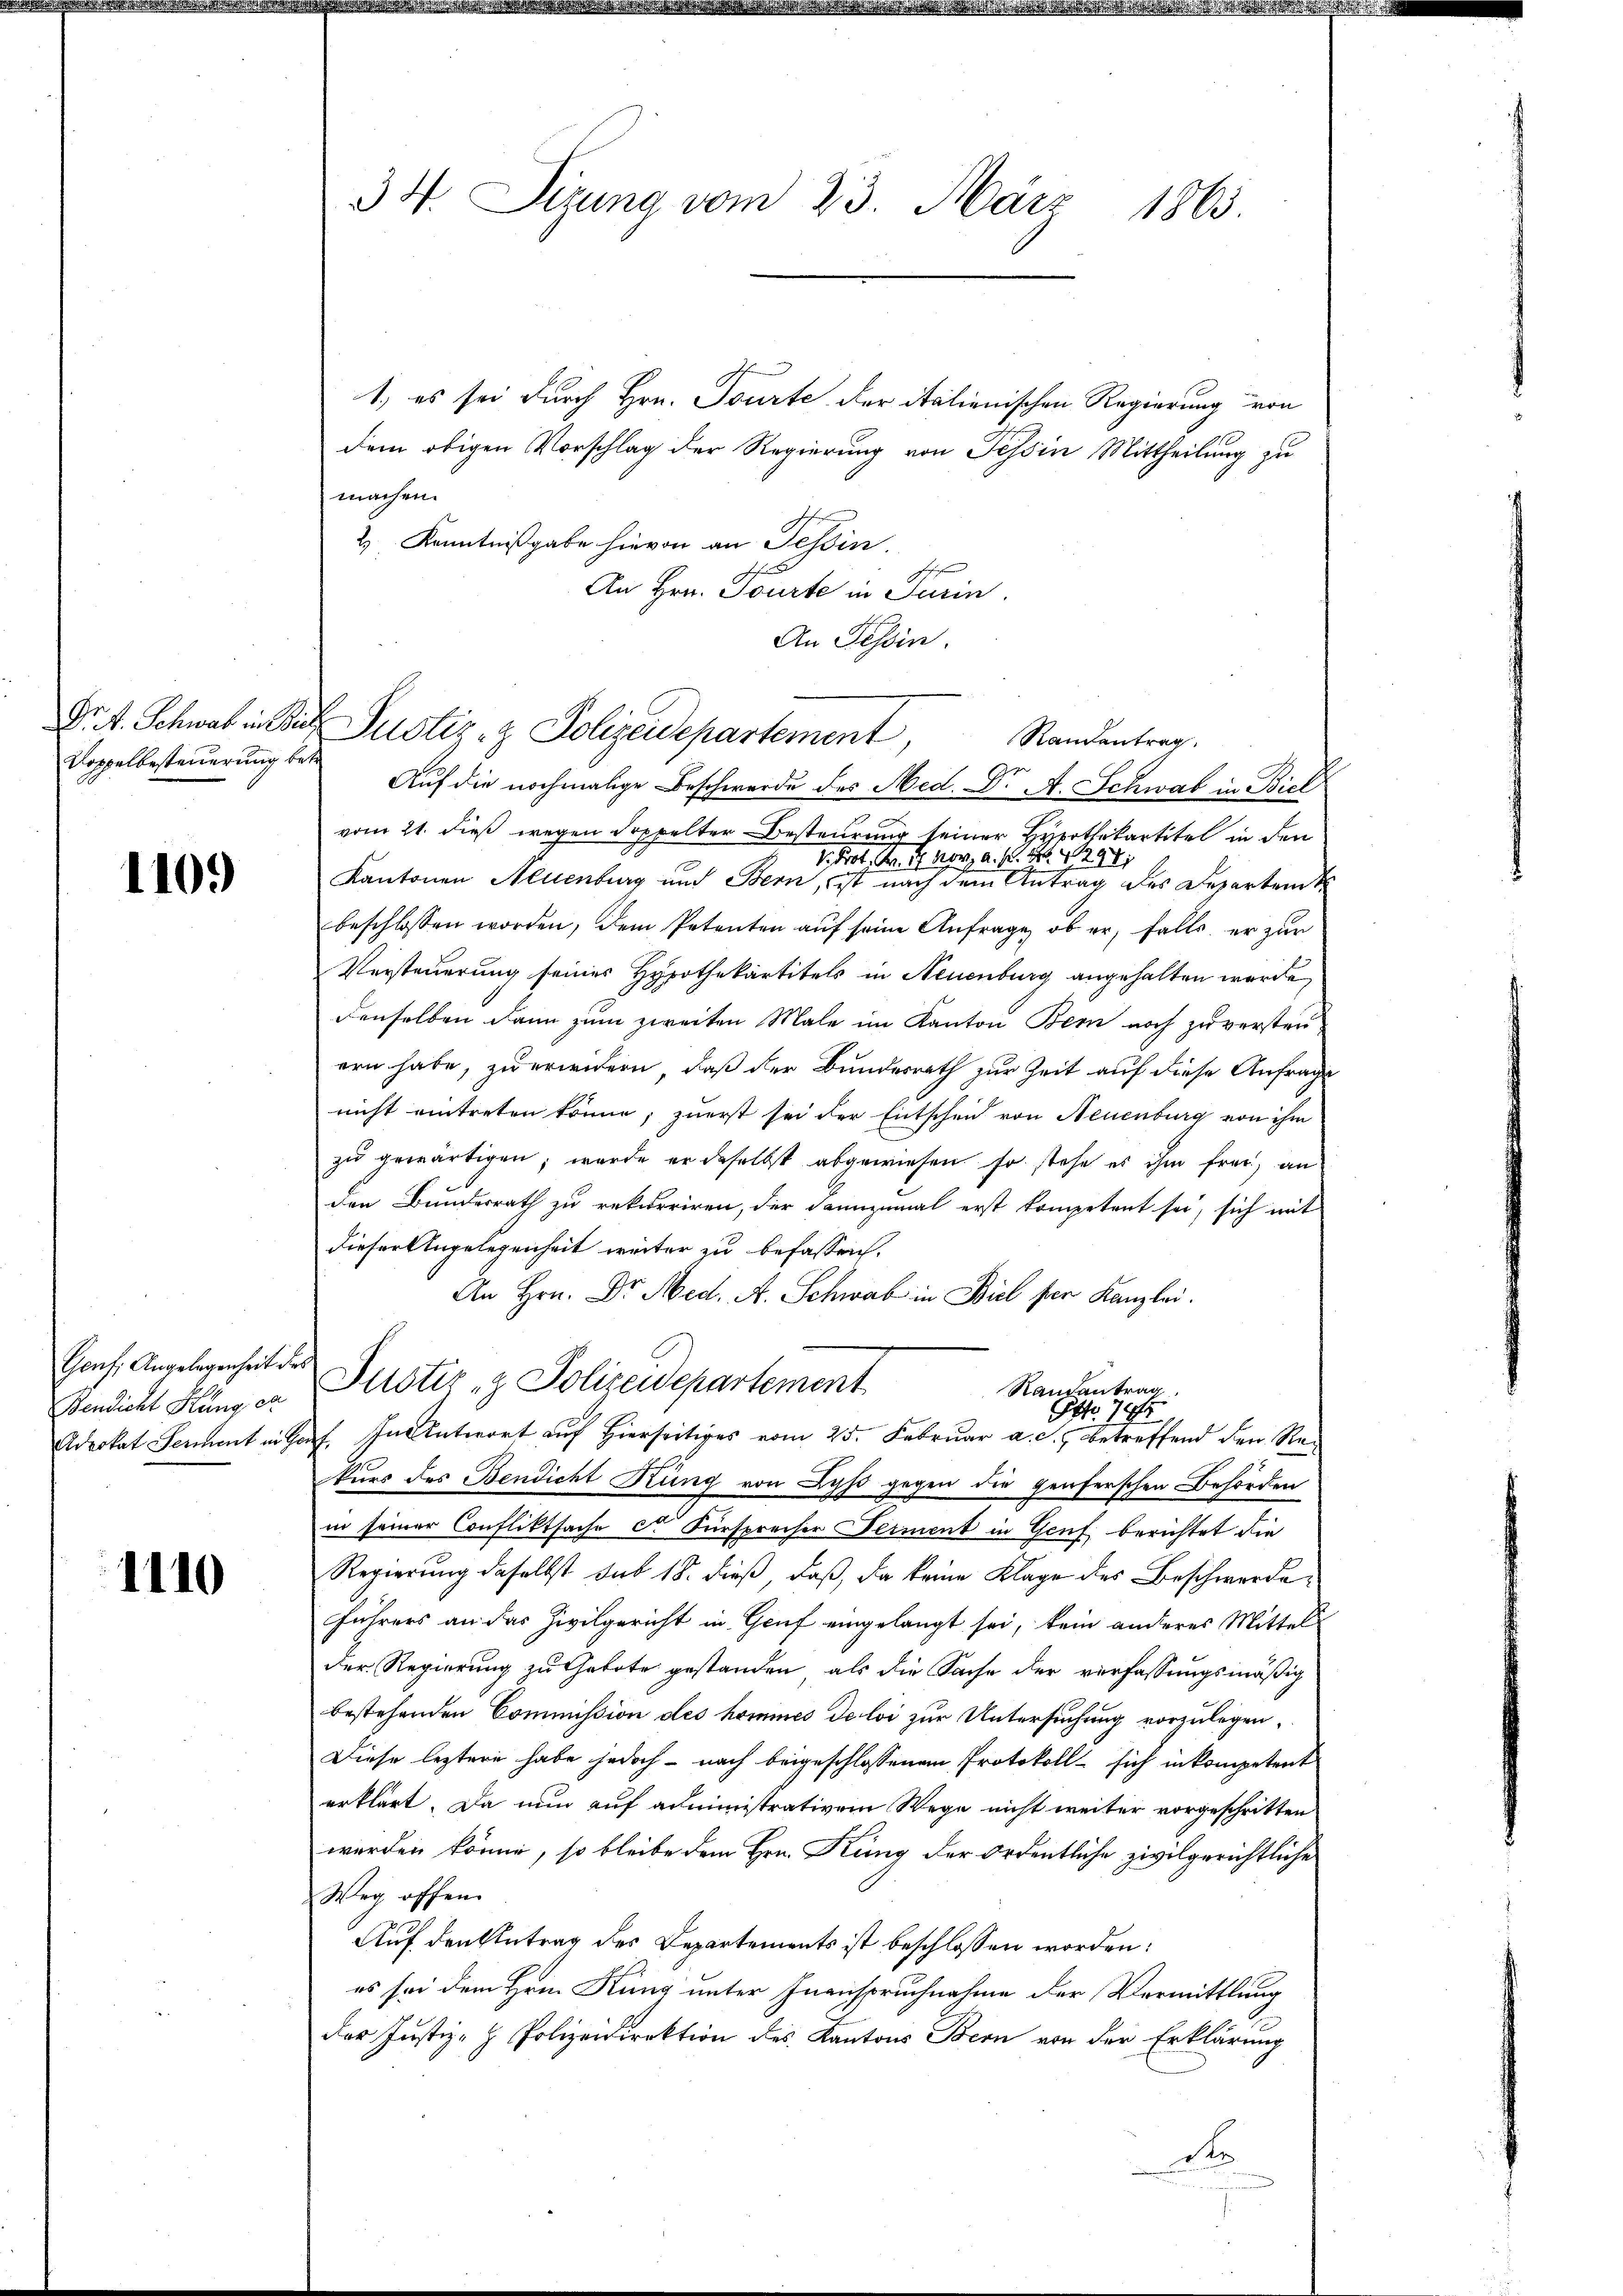
Doppelbesteuerung betr

1109

Genf. Angelegenheit des

1110

34. Sizung vom 23. März 1863.

1, es sei durch Hrn. Tourte der italienischen Regierung von
dem obigen Vorschlag der Regierung von Tessin Mittheilung zu
machen.
2) Kenntnißgabe hievon an Tessin.
An Hrn. Tourte in Turin.
An Tessin.
Randentrag
Zu
Auf die nochmalige Beschwerde des Med. J. A. Schwab in Biel
vom 21. dieß wegen doppelter Besteurung seiner Hypothekartitel in den
V. Prof. Kr. 2 Merz a. P. Nr. 294
Kantonen Neuenburg und Bern, ist nach dem Antrag des Departent
beschlossen worden, dem Petenten auf seine Anfrage, ob er, falls, er zur
Versteuerung seiner Hypothekartitels in Neuenburg angehalten wurde,
denselben dann zum zweiten Male im Kanton Bern noch zu versten
ern habe, zu erwidern, daß der Bundesrath zur Zeit auf diese Anfrage
nicht eintreten könne, zuerst sei der Entscheid von Neuenburg von ihm
zŭ gewärtigen, werde er daselbst abgewiesen so stehe es ihm frei, an
den Bundesrath zu rekurriren, der dannzumal erst kompetent sei, sich mit
dieser Angelegenheit weiter zu befassen.
An Hrn. Dr. Med. A. Schwab in Biel per Kanzlei.
Randantrag
Fendicht Hänger Plistiz- & Polizeidepartement
Ott 744
Advokat Seement encorf. In Antwort auf Hierseitiges vom 25. Februar a. c. betreffend den Rekurs des Bendicht Rung von Lyss gegen die Genferschen Behörden
in seiner Confliktsache et Fürsprecher Feiment in Genf berichtet die
Regierung daselbst sub 18. dieß, daß, da keine Klage des Beschwerde
führers an das Zivilgericht in Genf eingelangt sei, kein anderes Mittels
der Regierung zu Gebote gestanden, als die Sache der verfassungsmäßig
bestehenden Commission des hommes de loi zur Untersuchung vorzulegen,
Diese leztere habe jedoch - nach beigeschlossenem Protokoll sich in kompetent
erklärt. Da nun auf administrativem Wege nicht weiter vorgeschritten
werden könne, so bleibe dem Hrn. Kung der ordentliche zivilgerichtliche
Weg offen.
Auf den Antrag des Departements ist beschlossen worden:
es sei dem Hrn. Kung unter Inanspruchnahme der Vermittlung
der Justiz- & Polizeidirektion des Kantons Bern von der Erklärung
d
.

Dret. Schwab in die Justiz- & Polizeidepartement,